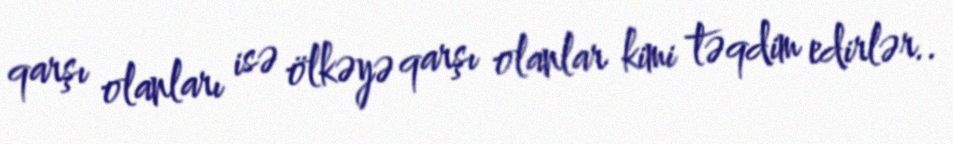
qarşı olanları isə ölkəyə qarşı olanlar kimi təqdim edirlər..